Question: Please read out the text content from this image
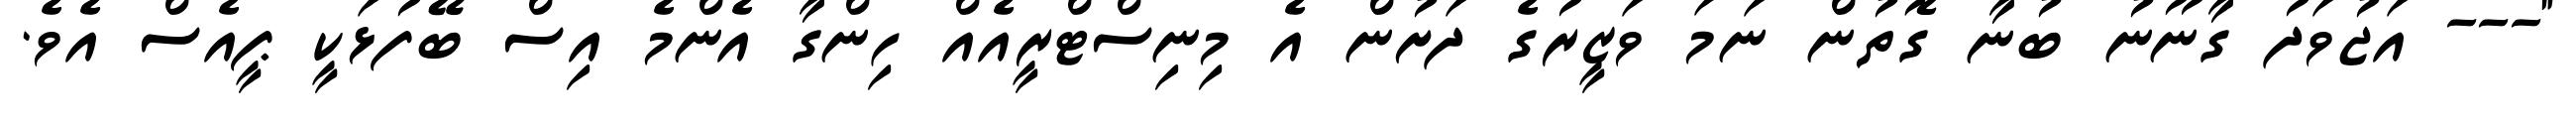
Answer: "--- އަޖުވަދު ގާނޫނު ބުނާ ގޮތުން ނަމަ ވަޒީރުގެ ދަށުން އެ މިނިސްޓްރީއެއް ހިންގާ އެންމެ އިސް ބޭފުޅަކީ ޕީއެސް އެވެ.